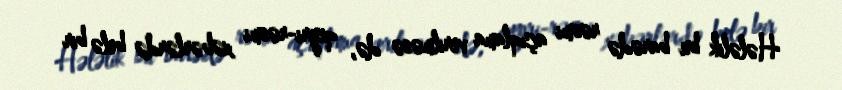
Hələlik bu barədə rəsmi açıqlama verilməsə də, qeyri-rəsmi xəbərlərdə belə bir